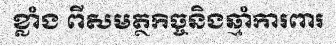
ខ្លាំង ពីសមត្ថកិច្ចនិងឆ្មាំការពារ